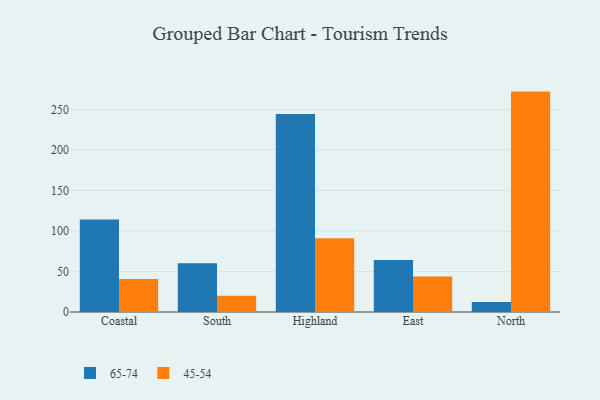
{"axis": {"x": "Region", "y": "Shipments"}, "legend": ["45-54", "65-74"], "data": [{"x": "Coastal", "y": 114.0, "type": "65-74"}, {"x": "Coastal", "y": 40.8, "type": "45-54"}, {"x": "South", "y": 60.0, "type": "65-74"}, {"x": "South", "y": 20.0, "type": "45-54"}, {"x": "Highland", "y": 244.2, "type": "65-74"}, {"x": "Highland", "y": 91.1, "type": "45-54"}, {"x": "East", "y": 64.2, "type": "65-74"}, {"x": "East", "y": 43.7, "type": "45-54"}, {"x": "North", "y": 12.4, "type": "65-74"}, {"x": "North", "y": 271.9, "type": "45-54"}]}